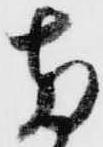
両